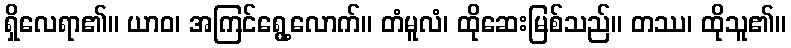
ရှိလေရာ၏။ ယာဝ၊ အကြင်ရွေ့လောက်။ တံမူလံ၊ ထိုဆေးမြစ်သည်။ တဿ၊ ထိုသူ၏။